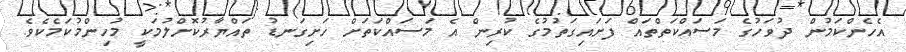
އެހެންކަމުން ދުވަހުގެ މަސައްކަތްތައް ފަށައިގަތުމުގެ ކުރިން އެ މަސައްކަތަށް ހަށިގަނޑު ތައްޔާރުކޮށްލުމަކީ މުހިންމުކަމެކެވެ.